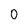
Character: 0